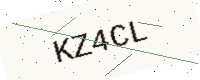
Text: KZ4CL